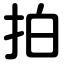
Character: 拍